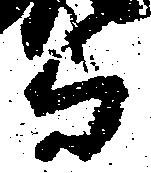
与